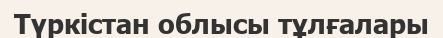
Түркістан облысы тұлғалары